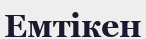
Емтікен